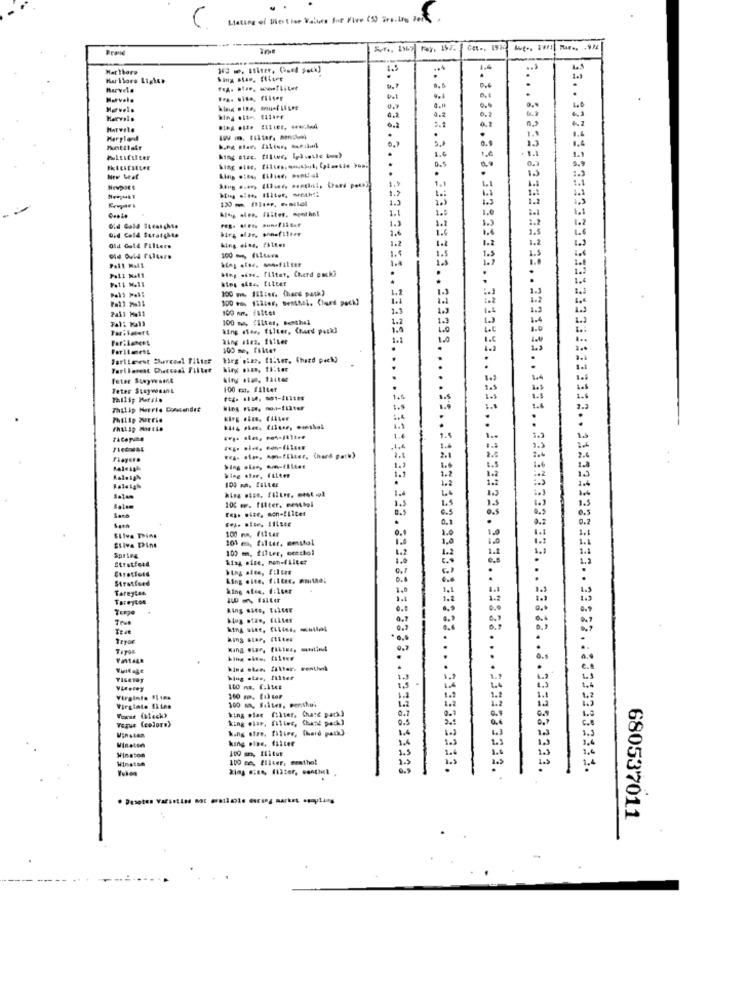
Listing of Best for Valore for Five (5) irs. Los ?
Brand
HarThore
1.5
1.4
Hurlors Lighet
harvele
Toz. aire, wwflitet
Marvele
Fra. sito, fliser
Havels
6.2
Hervals
3.2
0.2
1.1
Maryland
0. 0
13
1.€
- 1.1
king size. filter, Ipl.esle bug)
1.6
D.$
0.
1.1
Newpor &
Old Gold Itealghss
1.5
Did Cold Straighta
1.2
Old Gold Filters
1.5
Hog size, I'lltet, Cherd pucki
Pall Mall
100 m 1:5ter. (hard pack)
1.2
1.3
100 to 1:lier, senthal, Clued pack)
1.1
100 nm. faites
1.3
1.3
100 ma. filter, Bethel
1.1
1.3
king stad, filter, Chard pack]
1.
3.33333.3 ... 333323321 .. 333323
LA
33. . 3371333333333333333333333
100 me, flitet
Farlleest Charcoal Fitter
kirg mine. filter, Chord pack)
Farilasest Chancedi Filtet
hing .aan, ##.tar
Teter Stuyvesant
100 m. filter
ref: 115, 001-411 :**
1.6
Thilip Herrie Consandet
...
1.1
1.4
Rea- stes, am-filter, (hard path)
king ofar, falten
1.
100 m. fille
1.5
1.2
1.4
1.4
L
100 m. filter. menthal
1.4
Salam
Feas wise, mon-filter
0.1
0.2
100 mm, /11tes
Silva Think
Silva Thine
101 m, filter. smulal
1.0
100 m, filtre, ecclol
1.2
1.2
Spring
Stratford
kiag .ise, non-filter
1.0
Stratford
Stratford
King elte, filter. muito;
D.1
Tareytan
king alee, f:16et
1.1
Tareycon
king Sice, ELLEEE
0.7
Tryor
Hing star, (Iitex
TATOE
0.7
.
king eten. filter. renthel
hing stse, filter
Virginie SIina
100 m, filter, Ponthus
1.2
1.2
Virglate ILies
king ofac filter, Chard park)
0.3
Vorut (black)
Vogue Ceslors)
king wiar, filter, Chane pack)
Vinsten
hang sire, filing, (hard path)
king pine, filter
Vinaten
100 mm, Iiitut
1-4
Winston
Winston
100 ce, filter, menthol
Xias azee, Iliter, conhl
3333333333.
88 .. 8.3333333321.
680537011